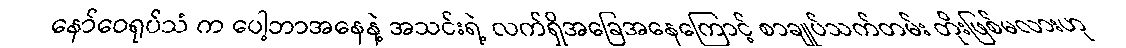
နော်ဝေရုပ်သံ က ပေါ့ဘာအနေနဲ့ အသင်းရဲ့ လက်ရှိအခြေအနေကြောင့် စာချုပ်သက်တမ်း တိုးဖြစ်မလားဟု